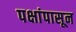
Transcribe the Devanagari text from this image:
पक्षांपासून